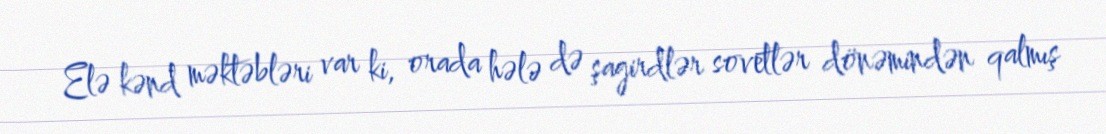
Elə kənd məktəbləri var ki, orada hələ də şagirdlər sovetlər dönəmindən qalmış